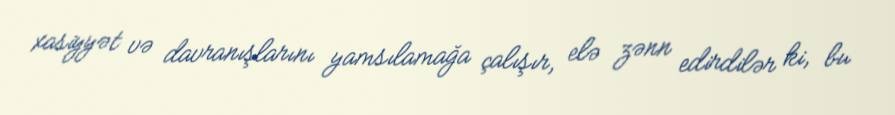
xasiyyət və davranışlarını yamsılamağa çalışır, elə zənn edirdilər ki, bu